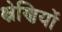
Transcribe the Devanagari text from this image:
क्ष्रेणियों